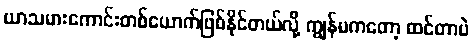
ယာသမားကောင်းတစ်ယောက်ဖြစ်နိုင်တယ်လို့ ကျွန်မကတော့ ထင်တာပဲ